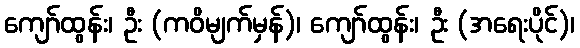
ကျော်ထွန်း၊ ဦး (ကဝိမျက်မှန်)၊ ကျော်ထွန်း၊ ဦး (အရေးပိုင်)၊